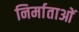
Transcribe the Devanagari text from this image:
निर्माताआें